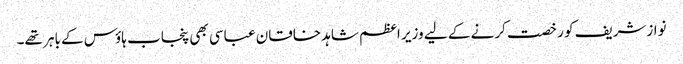
نوازشریف کو رخصت کرنے کے لیے وزیر اعظم شاہد خاقان عباسی بھی پنجاب ہاؤس کے باہر تھے۔